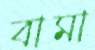
বামা